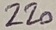
Text: 220